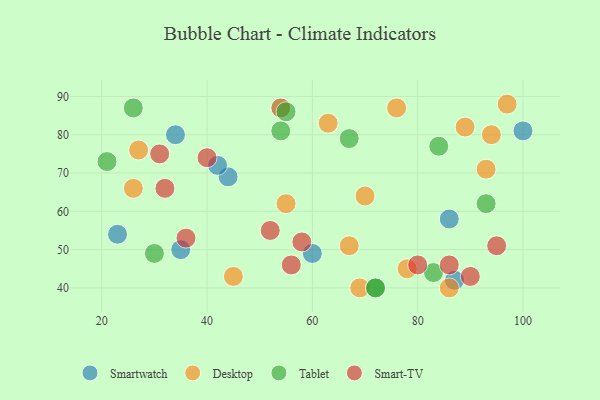
{"axis": {"x": "GDP", "y": "Life Expectancy"}, "legend": ["Desktop", "Smart-TV", "Smartwatch", "Tablet"], "data": [{"x": "86", "y": 58, "type": "Smartwatch"}, {"x": "44", "y": 69, "type": "Smartwatch"}, {"x": "87", "y": 42, "type": "Smartwatch"}, {"x": "23", "y": 54, "type": "Smartwatch"}, {"x": "54", "y": 87, "type": "Smartwatch"}, {"x": "34", "y": 80, "type": "Smartwatch"}, {"x": "42", "y": 72, "type": "Smartwatch"}, {"x": "60", "y": 49, "type": "Smartwatch"}, {"x": "100", "y": 81, "type": "Smartwatch"}, {"x": "35", "y": 50, "type": "Smartwatch"}, {"x": "67", "y": 51, "type": "Desktop"}, {"x": "45", "y": 43, "type": "Desktop"}, {"x": "76", "y": 87, "type": "Desktop"}, {"x": "89", "y": 82, "type": "Desktop"}, {"x": "97", "y": 88, "type": "Desktop"}, {"x": "26", "y": 66, "type": "Desktop"}, {"x": "93", "y": 71, "type": "Desktop"}, {"x": "78", "y": 45, "type": "Desktop"}, {"x": "70", "y": 64, "type": "Desktop"}, {"x": "27", "y": 76, "type": "Desktop"}, {"x": "63", "y": 83, "type": "Desktop"}, {"x": "55", "y": 62, "type": "Desktop"}, {"x": "86", "y": 40, "type": "Desktop"}, {"x": "94", "y": 80, "type": "Desktop"}, {"x": "69", "y": 40, "type": "Desktop"}, {"x": "54", "y": 87, "type": "Desktop"}, {"x": "26", "y": 87, "type": "Tablet"}, {"x": "67", "y": 79, "type": "Tablet"}, {"x": "84", "y": 77, "type": "Tablet"}, {"x": "83", "y": 44, "type": "Tablet"}, {"x": "21", "y": 73, "type": "Tablet"}, {"x": "72", "y": 40, "type": "Tablet"}, {"x": "93", "y": 62, "type": "Tablet"}, {"x": "55", "y": 86, "type": "Tablet"}, {"x": "30", "y": 49, "type": "Tablet"}, {"x": "54", "y": 81, "type": "Tablet"}, {"x": "72", "y": 40, "type": "Tablet"}, {"x": "90", "y": 43, "type": "Smart-TV"}, {"x": "32", "y": 66, "type": "Smart-TV"}, {"x": "58", "y": 52, "type": "Smart-TV"}, {"x": "31", "y": 75, "type": "Smart-TV"}, {"x": "80", "y": 46, "type": "Smart-TV"}, {"x": "56", "y": 46, "type": "Smart-TV"}, {"x": "52", "y": 55, "type": "Smart-TV"}, {"x": "95", "y": 51, "type": "Smart-TV"}, {"x": "40", "y": 74, "type": "Smart-TV"}, {"x": "86", "y": 46, "type": "Smart-TV"}, {"x": "36", "y": 53, "type": "Smart-TV"}]}